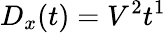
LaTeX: D_{x}(t)=V^{2}t^{1}